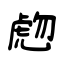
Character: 虝